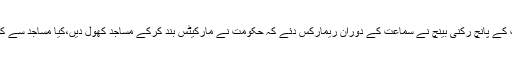
واضح رہے کہ سپریم کورٹ کے پانچ رکنی بینچ نے سماعت کے دوران ریمارکس دئے کہ حکومت نے مارکیٹس بند کرکے مساجد کھول دیں،کیا مساجد سے کورونا وائرس نہیں پھیلے گا؟